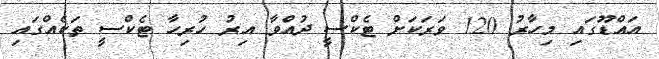
އައްޑޫގައި މިހާރު 120 ވަރަކަށް ޓެކްސީ ދުއްވާ އިރު ހުރިހާ ޓެކްސީ ތަކެއްގައި